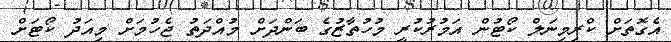
އެގޮތަށް ކްރިމިނަލް ކޯޓުން އަމުރުކުރީ މުހުތާޒުގެ ބަންދަށް މުއްދަތު ޖެހުމަށް މިއަދު ކޯޓަށް